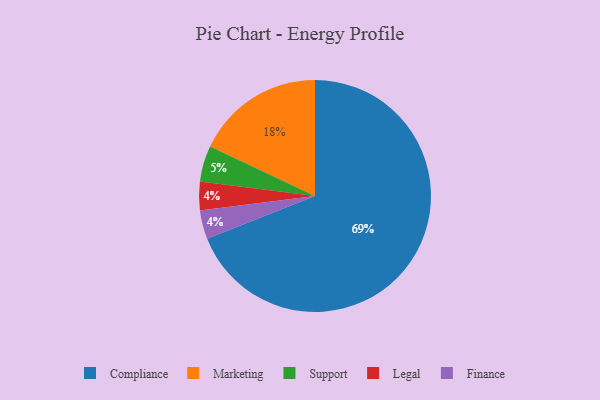
{"axis": {"x": "Category", "y": "Percentage"}, "legend": ["Compliance", "Finance", "Legal", "Marketing", "Support"], "data": [{"x": "Support", "y": 5, "type": "Support"}, {"x": "Legal", "y": 4, "type": "Legal"}, {"x": "Marketing", "y": 18, "type": "Marketing"}, {"x": "Compliance", "y": 69, "type": "Compliance"}, {"x": "Finance", "y": 4, "type": "Finance"}]}